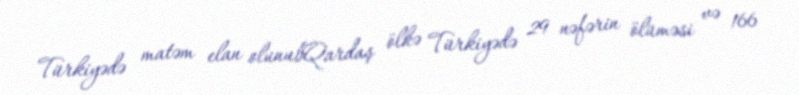
Türkiyədə matəm elan olunubQardaş ölkə Türkiyədə 29 nəfərin ölüməsi və 166